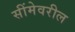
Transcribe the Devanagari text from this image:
सींमेवरील